Plague in India, 1896, 1897 - Volume 2
Year: 1896
Disease focus: Plague
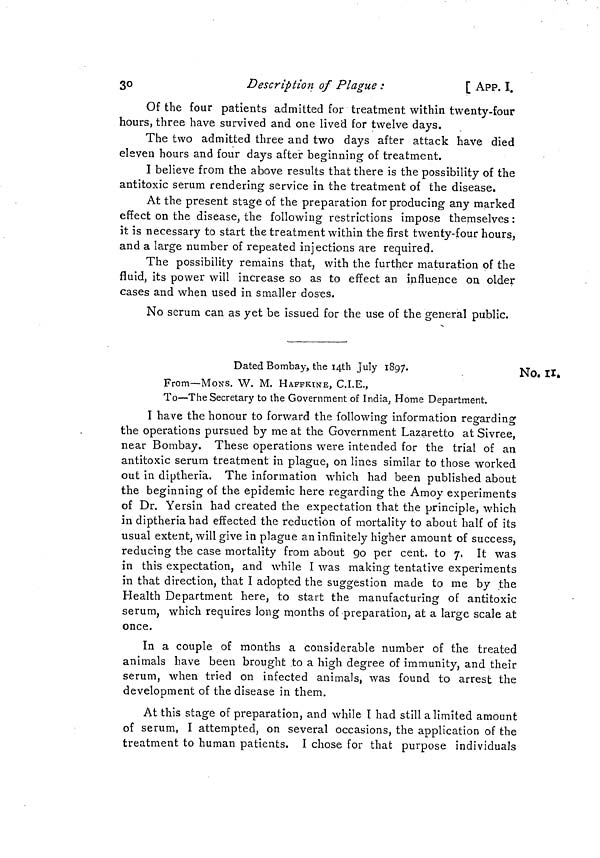
30
Description of Plague :
[ APP. I.
Of the four patients admitted for treatment within twenty-four
hours, three have survived and one lived for twelve days.
The two admitted three and two days after attack have died
eleven hours and four days after beginning of treatment.
I believe from the above results that there is the possibility of the
antitoxic serum rendering service in the treatment of the disease.
At the present stage of the preparation for producing any marked
effect on the disease, the following restrictions impose themselves :
it is necessary to start the treatment within the first twenty-four hours,
and a large number of repeated injections are required.
The possibility remains that, with the further maturation of the
fluid, its power will increase so as to effect an influence on older
cases and when used in smaller doses.
No serum can as yet be issued for the use of the general public.
No. II.
Dated Bombay, the 14th July 1897.
From—MONS. W. M. HAFFKINE, C.I.E.,
To—The Secretary to the Government of India, Home Department.
I have the honour to forward the following information regarding
the operations pursued by me at the Government Lazaretto at Sivree,
near Bombay. These operations were intended for the trial of an
antitoxic serum treatment in plague, on lines similar to those worked
out in diptheria. The information which had been published about
the beginning of the epidemic here regarding the Amoy experiments
of Dr. Yersin had created the expectation that the principle, which
in diptheria had effected the reduction of mortality to about half of its
usual extent, will give in plague an infinitely higher amount of success,
reducing the case mortality from about go per cent, to 7, It was
in this expectation, and while I was making tentative experiments
in that direction, that I adopted the suggestion made to me by the
Health Department here, to start the manufacturing of antitoxic
serum, which requires long months of preparation, at a large scale at
once.
In a couple of months a considerable number of the treated
animals have been brought to a high degree of immunity, and their
serum, when tried on infected animals, was found to arrest the
development of the disease in them.
At this stage of preparation, and while I had still a limited amount
of serum, I attempted, on several occasions, the application of the
treatment to human patients. I chose for that purpose individuals